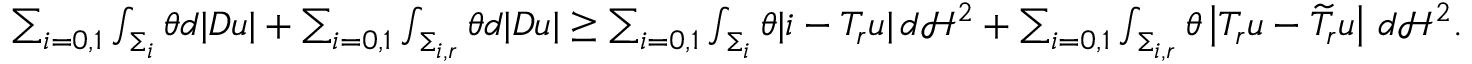
\begin{array} { r } { \sum _ { i = 0 , 1 } \int _ { \Sigma _ { i } } \theta d | D u | + \sum _ { i = 0 , 1 } \int _ { \Sigma _ { i , r } } \theta d | D u | \geq \sum _ { i = 0 , 1 } \int _ { \Sigma _ { i } } \theta | i - T _ { r } u | \, d \mathcal H ^ { 2 } + \sum _ { i = 0 , 1 } \int _ { \Sigma _ { i , r } } \theta \left| T _ { r } u - \widetilde { T } _ { r } u \right| \, d \mathcal H ^ { 2 } . } \end{array}